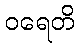
ဝရေတိ